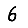
Digit: 6